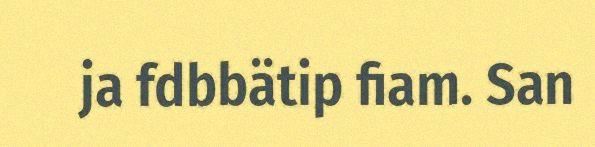
ja fdbbätip fiam. San